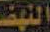
النهض